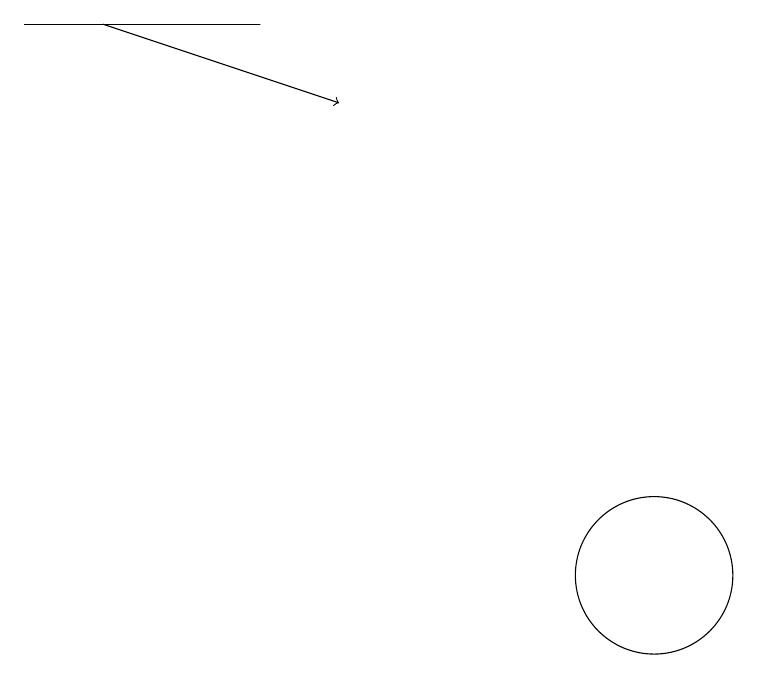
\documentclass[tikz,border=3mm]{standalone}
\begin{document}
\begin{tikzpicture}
\draw[->] (3,18) -- (6,17);
\draw (2,18) rectangle (5,18);
\draw (10,11) circle (1);
\draw (11,12) circle (0);
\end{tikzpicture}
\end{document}